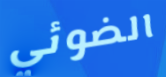
الضوئي